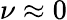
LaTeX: \nu\approx 0